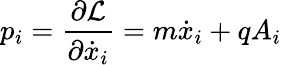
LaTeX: p_{i}={\frac{\partial{\mathcal{L}}}{\partial{\dot{x}}_{i}}}=m{\dot{x}}_{i}+qA_{i}